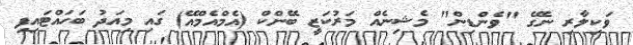
ވަކިލާރި ނެގޭ "ވެންޑިން" މެޝިނެއް މަރުކަޒީ ބޭންކް (އެމްއެމްއޭ) ގައި މިއަދު ބަހައްޓައިފި